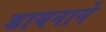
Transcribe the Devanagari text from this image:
डायनाने